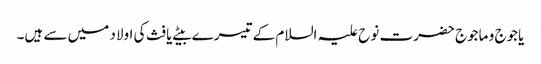
یاجوج و ماجوج حضرت نوح علیہ السلام کے تیسرے بیٹے یافث کی اولاد میں سے ہیں۔